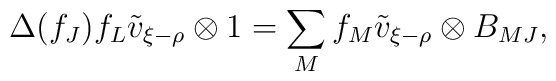
\Delta(f_J)f_L\tilde v_{\xi-\rho}\otimes 1=\sum_Mf_M\tilde v_{\xi-\rho}\otimes B_{MJ},